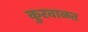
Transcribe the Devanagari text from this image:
कुरवाळत